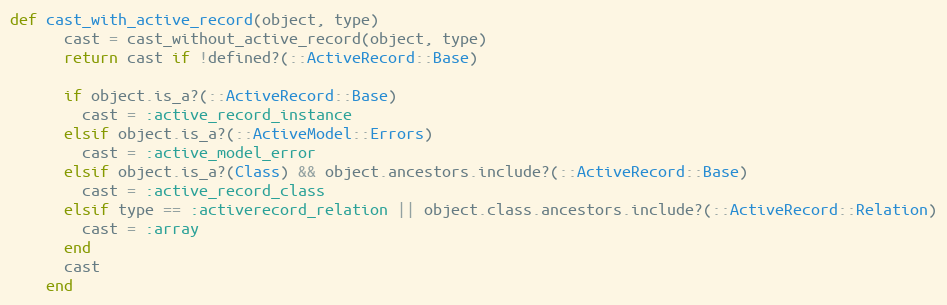
Language: Ruby
def cast_with_active_record(object, type)
      cast = cast_without_active_record(object, type)
      return cast if !defined?(::ActiveRecord::Base)

      if object.is_a?(::ActiveRecord::Base)
        cast = :active_record_instance
      elsif object.is_a?(::ActiveModel::Errors)
        cast = :active_model_error
      elsif object.is_a?(Class) && object.ancestors.include?(::ActiveRecord::Base)
        cast = :active_record_class
      elsif type == :activerecord_relation || object.class.ancestors.include?(::ActiveRecord::Relation)
        cast = :array
      end
      cast
    end